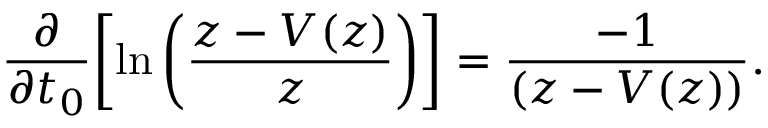
\frac { \partial } { \partial t _ { 0 } } \biggl [ \ln \left( \frac { z - V ( z ) } { z } \right) \biggr ] = \frac { - 1 } { \left( z - V ( z ) \right) } .